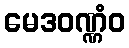
မေဒဝဏ္ဏံဝ